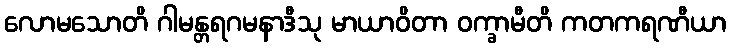
လောမသောတိ ဂါမန္တရဂမနာဒီသု မာယာဝိတာ ဝက္ခာမီတိ ကတကရဏီယာ